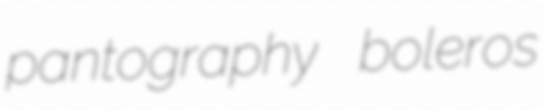
pantography boleros